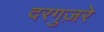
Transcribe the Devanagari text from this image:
दरगुज़रे